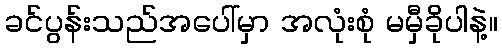
ခင်ပွန်းသည်အပေါ်မှာ အလုံးစုံ မမှီခိုပါနဲ့။